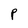
Character: P